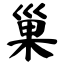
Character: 巢